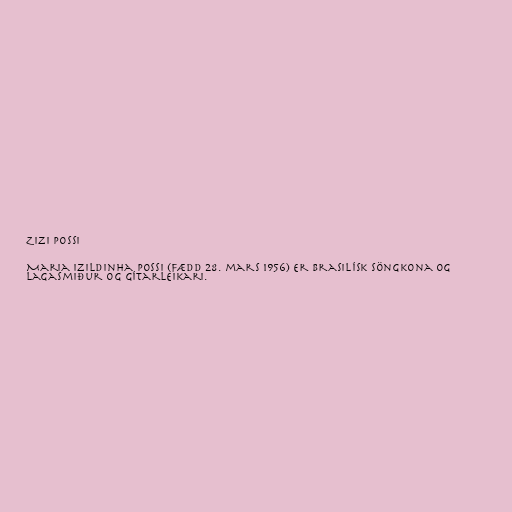
Zizi Possi

Maria Izildinha Possi (fædd 28. mars 1956) er brasilísk söngkona og
lagasmiður og gítarleikari.